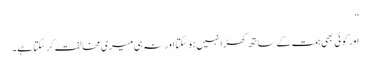
”
اور کو ئی بھی ہمت کے ساتھ کھڑا نہیں ہو سکتا اور نہ ہی میری مخالفت کر سکتا ہے۔